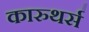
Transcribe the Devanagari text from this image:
कारुथर्स